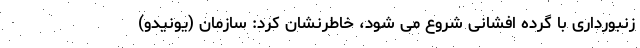
زنبورداری با گرده افشانی شروع می شود، خاطرنشان کرد: سازمان (یونیدو)